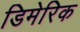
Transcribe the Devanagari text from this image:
डिमेरिक